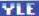
YLE